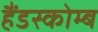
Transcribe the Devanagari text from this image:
हैंडस्कोम्ब